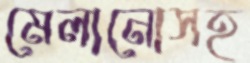
মেলানোসহ